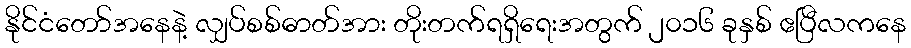
နိုင်ငံတော်အနေနဲ့ လျှပ်စစ်ဓာတ်အား တိုးတက်ရရှိရေးအတွက် ၂၀၁၆ ခုနှစ် ဧပြီလကနေ